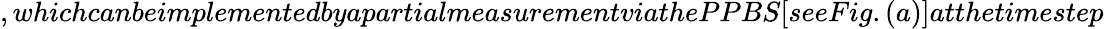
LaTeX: ,whichcanbeimplementedbyapartialmeasurementviathePPBS[seeFig.(a)]atthetimestep